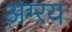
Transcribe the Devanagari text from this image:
अग्ऱय